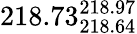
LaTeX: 218.73_{218.64}^{218.97}